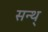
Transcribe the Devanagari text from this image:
सन्थ्